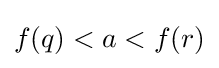
f(q)<a<f(r)